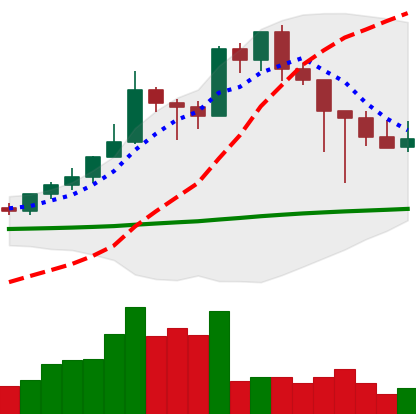
Ticker: XMR-USD
Chart end date: 2021-02-26
Forward return: 7.702%
Label: up_7plus